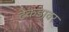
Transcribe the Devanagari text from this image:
टेकडावर